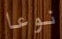
نوعا